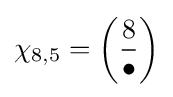
\chi _{8,5}=\left({\frac {8}{\bullet }}\right)